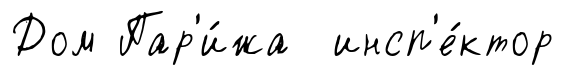
Дом Пар'и́жа инсп'е́ктор